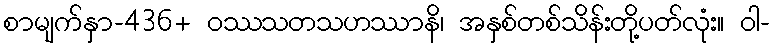
စာမျက်နှာ-436+ ဝဿသတသဟဿာနိ၊ အနှစ်တစ်သိန်းတို့ပတ်လုံး။ ဝါ-